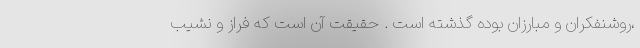
،روشنفکران و مبارزان بوده گذشته است . حقیقت آن است که فراز و نشیب